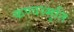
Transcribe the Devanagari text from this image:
कण्वस्मृति